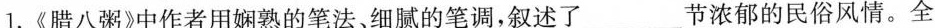
1.《腊八粥》中作者用娴熟的笔法、细腻的笔调，叙述了___节浓郁的民俗风情。全